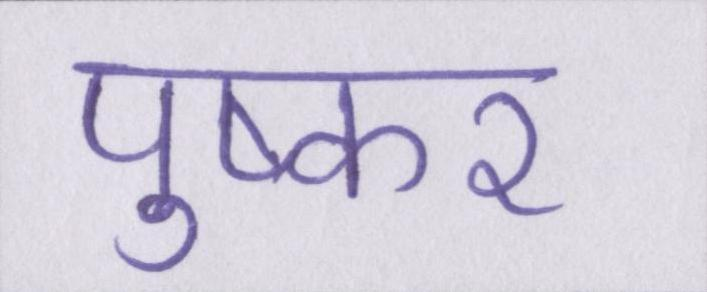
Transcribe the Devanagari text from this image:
पुष्कर